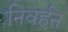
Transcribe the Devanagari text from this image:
निवर्हन